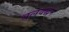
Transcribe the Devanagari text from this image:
बलवर्द्धन